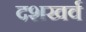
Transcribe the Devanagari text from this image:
दशखर्व